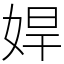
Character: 娨